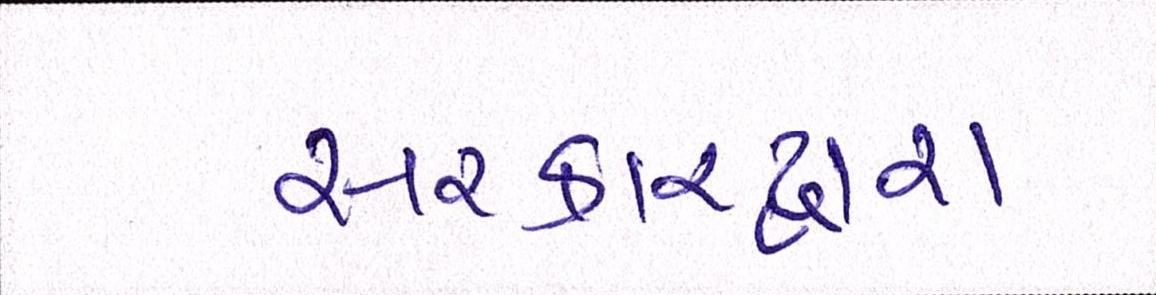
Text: સરકારદ્વારા